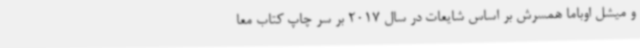
و میشل اوباما همسرش بر اساس شایعات در سال 2017 بر سر چاپ کتاب معا